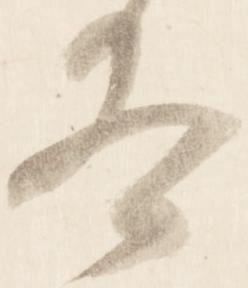
冬